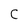
Character: C